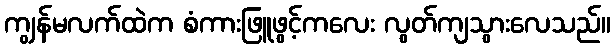
ကျွန်မလက်ထဲက စံကားဖြူဖွင့်ကလေး လွတ်ကျသွားလေသည်။